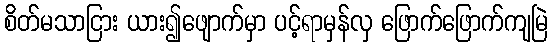
စိတ်မသာငြား ယား၍ဖျောက်မှာ ပင့်ရာမှန်လှ ဖြောက်ဖြောက်ကျမြဲ